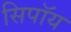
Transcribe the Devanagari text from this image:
सिपॉय